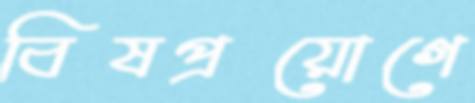
বিষপ্রয়োগে